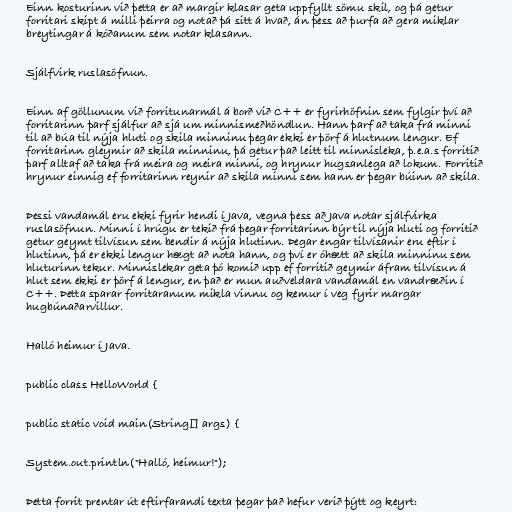
Einn kosturinn við þetta er að margir klasar geta uppfyllt sömu skil, og þá getur
forritari skipt á milli þeirra og notað þá sitt á hvað, án þess að þurfa að gera miklar
breytingar á kóðanum sem notar klasann.

Sjálfvirk ruslasöfnun.

Einn af göllunum við forritunarmál á borð við C++ er fyrirhöfnin sem fylgir því að
forritarinn þarf sjálfur að sjá um minnismeðhöndlun. Hann þarf að taka frá minni
til að búa til nýja hluti og skila minninu þegar ekki er þörf á hlutnum lengur. Ef
forritarinn gleymir að skila minninu, þá getur það leitt til minnisleka, þ.e.a.s forritið
þarf alltaf að taka frá meira og meira minni, og hrynur hugsanlega að lokum. Forritið
hrynur einnig ef forritarinn reynir að skila minni sem hann er þegar búinn að skila.

Þessi vandamál eru ekki fyrir hendi í Java, vegna þess að Java notar sjálfvirka
ruslasöfnun. Minni í hrúgu er tekið frá þegar forritarinn býr til nýja hluti og forritið
getur geymt tilvísun sem bendir á nýja hlutinn. Þegar engar tilvísanir eru eftir í
hlutinn, þá er ekki lengur hægt að nota hann, og því er óhætt að skila minninu sem
hluturinn tekur. Minnislekar geta þó komið upp ef forritið geymir áfram tilvísun á
hlut sem ekki er þörf á lengur, en það er mun auðveldara vandamál en vandræðin í
C++. Þetta sparar forritaranum mikla vinnu og kemur í veg fyrir margar
hugbúnaðarvillur.

Halló heimur í Java.

public class HelloWorld {

public static void main(String[] args) {

System.out.println("Halló, heimur!");

Þetta forrit prentar út eftirfarandi texta þegar það hefur verið þýtt og keyrt: